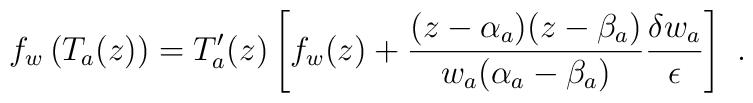
f_w\left( T_a(z)\right) =T'_a(z)\left[ f_w(z) +\frac{(z -\alpha _a)(z -\beta _a)}{w_a(\alpha _a -\beta _a)} \frac{\delta w_a}{\epsilon }\right] \ .